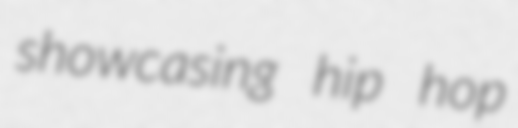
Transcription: showcasing hip hop